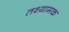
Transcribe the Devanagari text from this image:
तथ्यामक